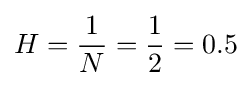
{\textstyle H={\dfrac {1}{N}}={\dfrac {1}{2}}=0.5}